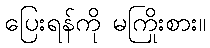
ပြေးရန်ကို မကြိုးစား။